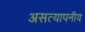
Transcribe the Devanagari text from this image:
असत्यापनीय